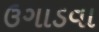
ઉગાડવા